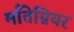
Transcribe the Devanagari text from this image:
माँतेग्नियर